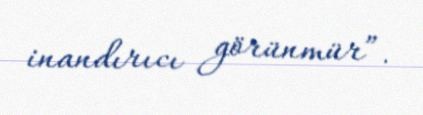
inandırıcı görünmür”.